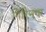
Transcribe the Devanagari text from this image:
गिरिनगर